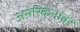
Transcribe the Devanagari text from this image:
अमेरिकनांवर